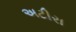
અટીરા